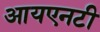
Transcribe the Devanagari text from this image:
आयएनटी